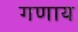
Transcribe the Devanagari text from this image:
गणाय